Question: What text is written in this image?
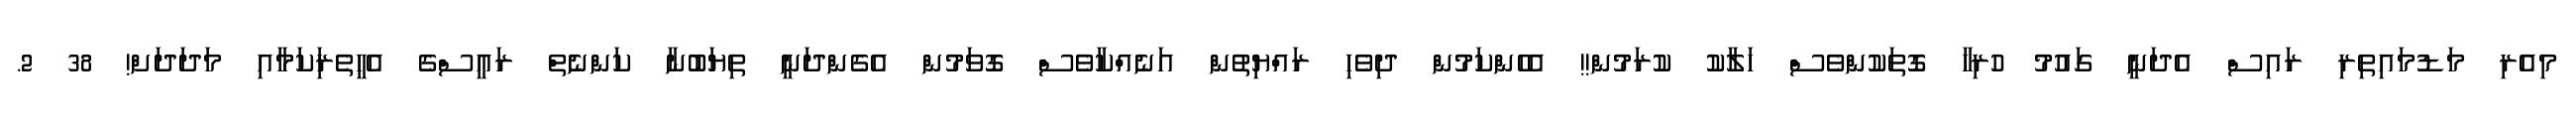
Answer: މިއެރި މަޑުމައިތިރި ރައިސް އެދަނީ ގައުމު ހުރިހާ ގޮތަކުންވެސް ހަލާކު ކުރަމުން!! އެހެންކަމުން ދިވެހި ރައްޔިތުން އަނެއްކާވެސް ގޮވަމުން އެގެންދަނީ ތިޔަބުނާ ކަންނެތް ރައީސްގެ އެހީތެރިަކަމާއި މަދަދަށް! 38 2.